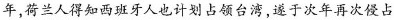
年，荷兰人得知西班牙人也计划占领台湾，遂于次年再次侵占